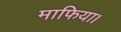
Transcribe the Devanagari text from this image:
माफिया।